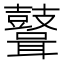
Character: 𪔪